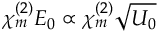
\chi _ { m } ^ { ( 2 ) } E _ { 0 } \propto \chi _ { m } ^ { ( 2 ) } \sqrt { U _ { 0 } }